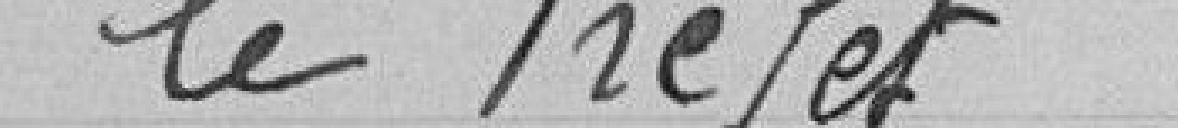
le préfet